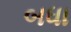
બધા